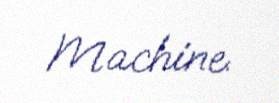
Machine.